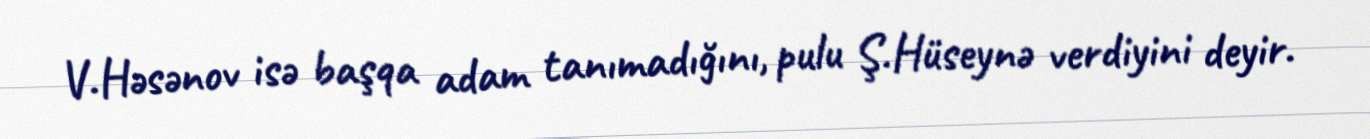
V.Həsənov isə başqa adam tanımadığını, pulu Ş.Hüseynə verdiyini deyir.